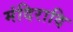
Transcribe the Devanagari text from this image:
मंदिरादि